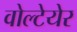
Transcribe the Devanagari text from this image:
वोल्टेयेर